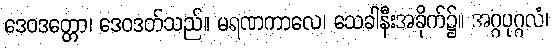
ဒေဝဒတ္တော၊ ဒေဝဒတ်သည်။ မရဏကာလေ၊ သေခါနီးအခိုက်၌။ အဂ္ဂပုဂ္ဂလံ၊